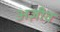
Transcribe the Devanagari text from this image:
अज़ीव